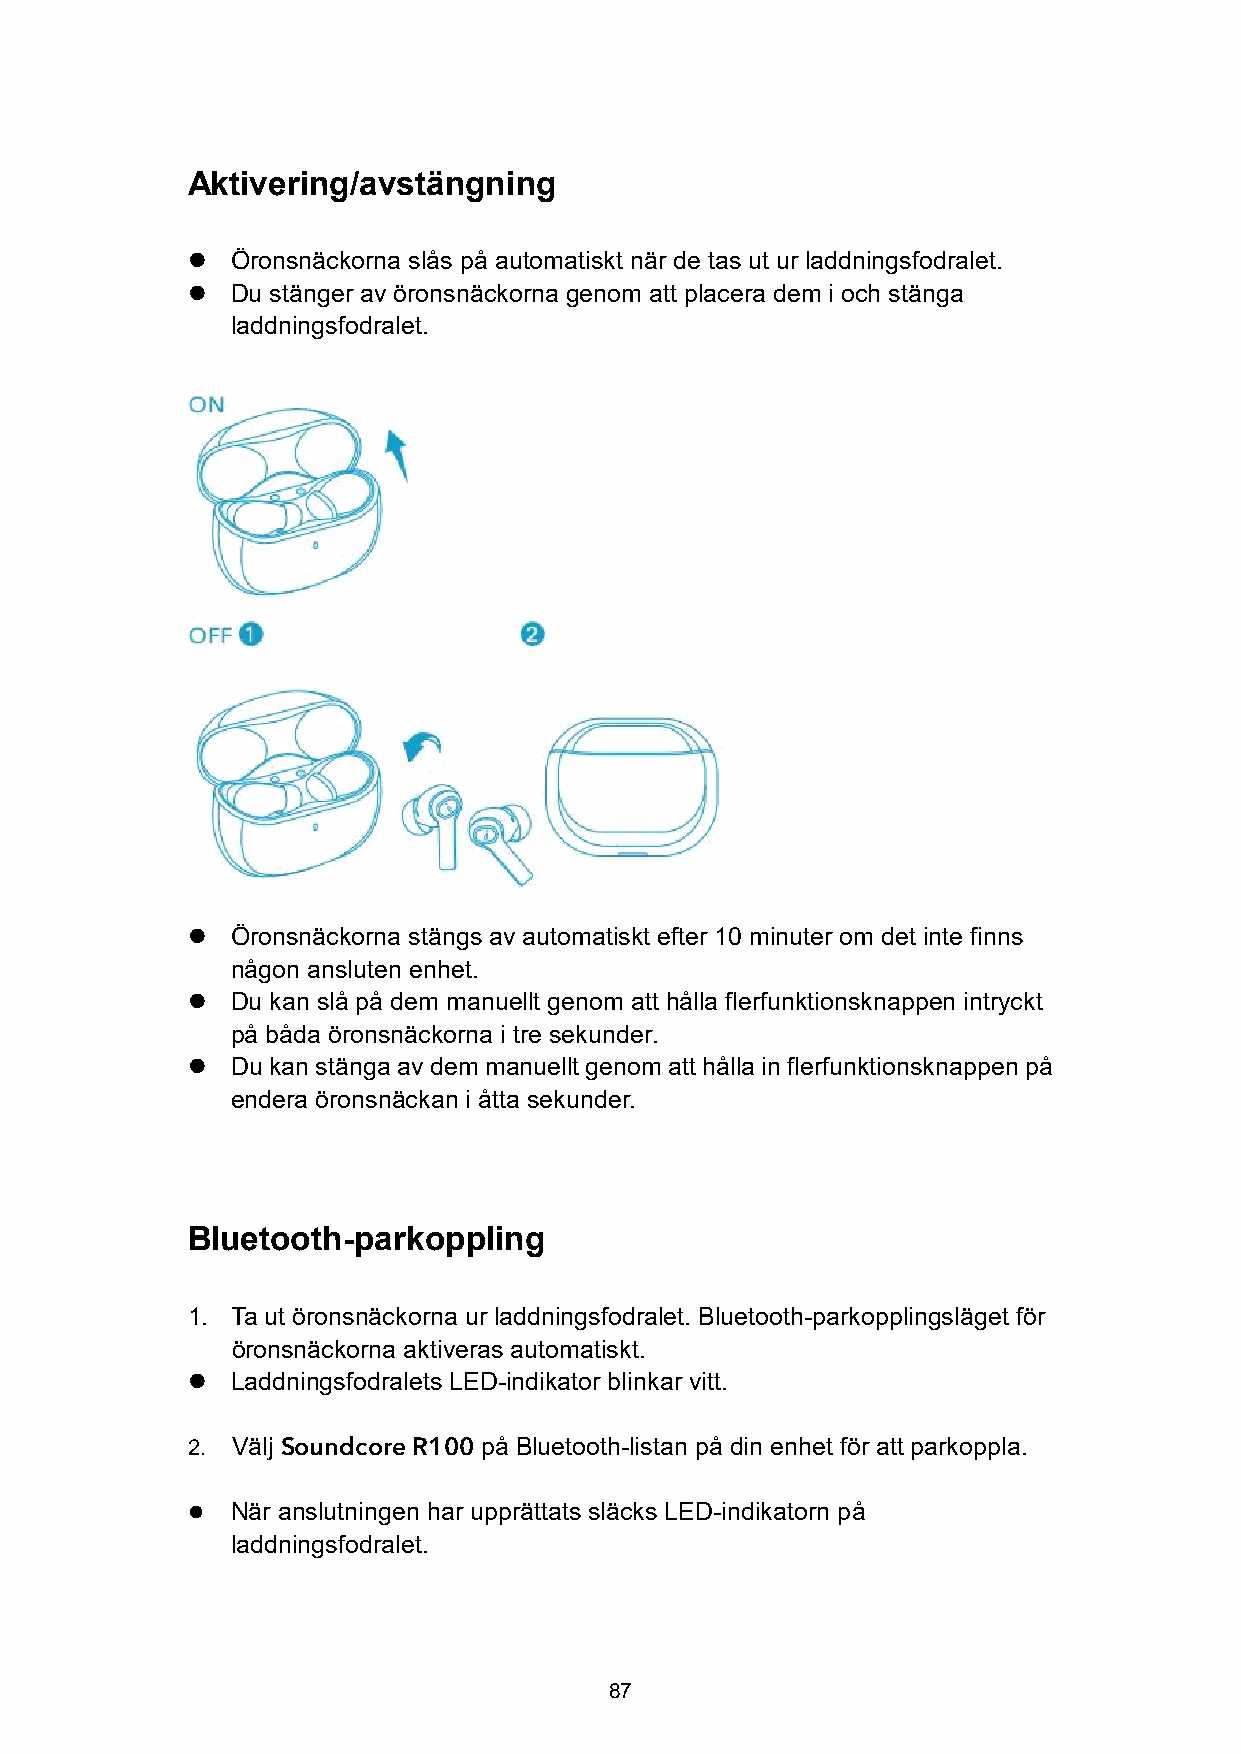
Aktivering/avstängning
   Öronsnäckorna slås på automatiskt när de tas ut ur laddningsfodralet.
   Du stänger av öronsnäckorna genom att placera dem i och stänga
 laddningsfodralet.
   Öronsnäckorna stängs av automatiskt efter 10 minuter om det inte finns
 någon ansluten enhet.
   Du kan slå på dem manuellt genom att hålla flerfunktionsknappen intryckt
 på båda öronsnäckorna i tre sekunder.
   Du kan stänga avdemmanuellt genomatt hålla in flerfunktionsknappen på
 endera öronsnäckan i åtta sekunder.
 Bluetooth-parkoppling
 1. Ta ut öronsnäckorna ur laddningsfodralet. Bluetooth-parkopplingsläget för
 öronsnäckorna aktiveras automatiskt.
   Laddningsfodralets LED-indikator blinkar vitt.
 2. Välj Soundcore R100 på Bluetooth-listan på din enhet för att parkoppla.
   När anslutningen har upprättats släcks LED-indikatorn på
 laddningsfodralet.
 87